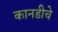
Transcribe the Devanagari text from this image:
कानडीचे